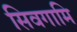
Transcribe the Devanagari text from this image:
सिवगामि